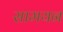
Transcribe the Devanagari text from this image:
सामयन